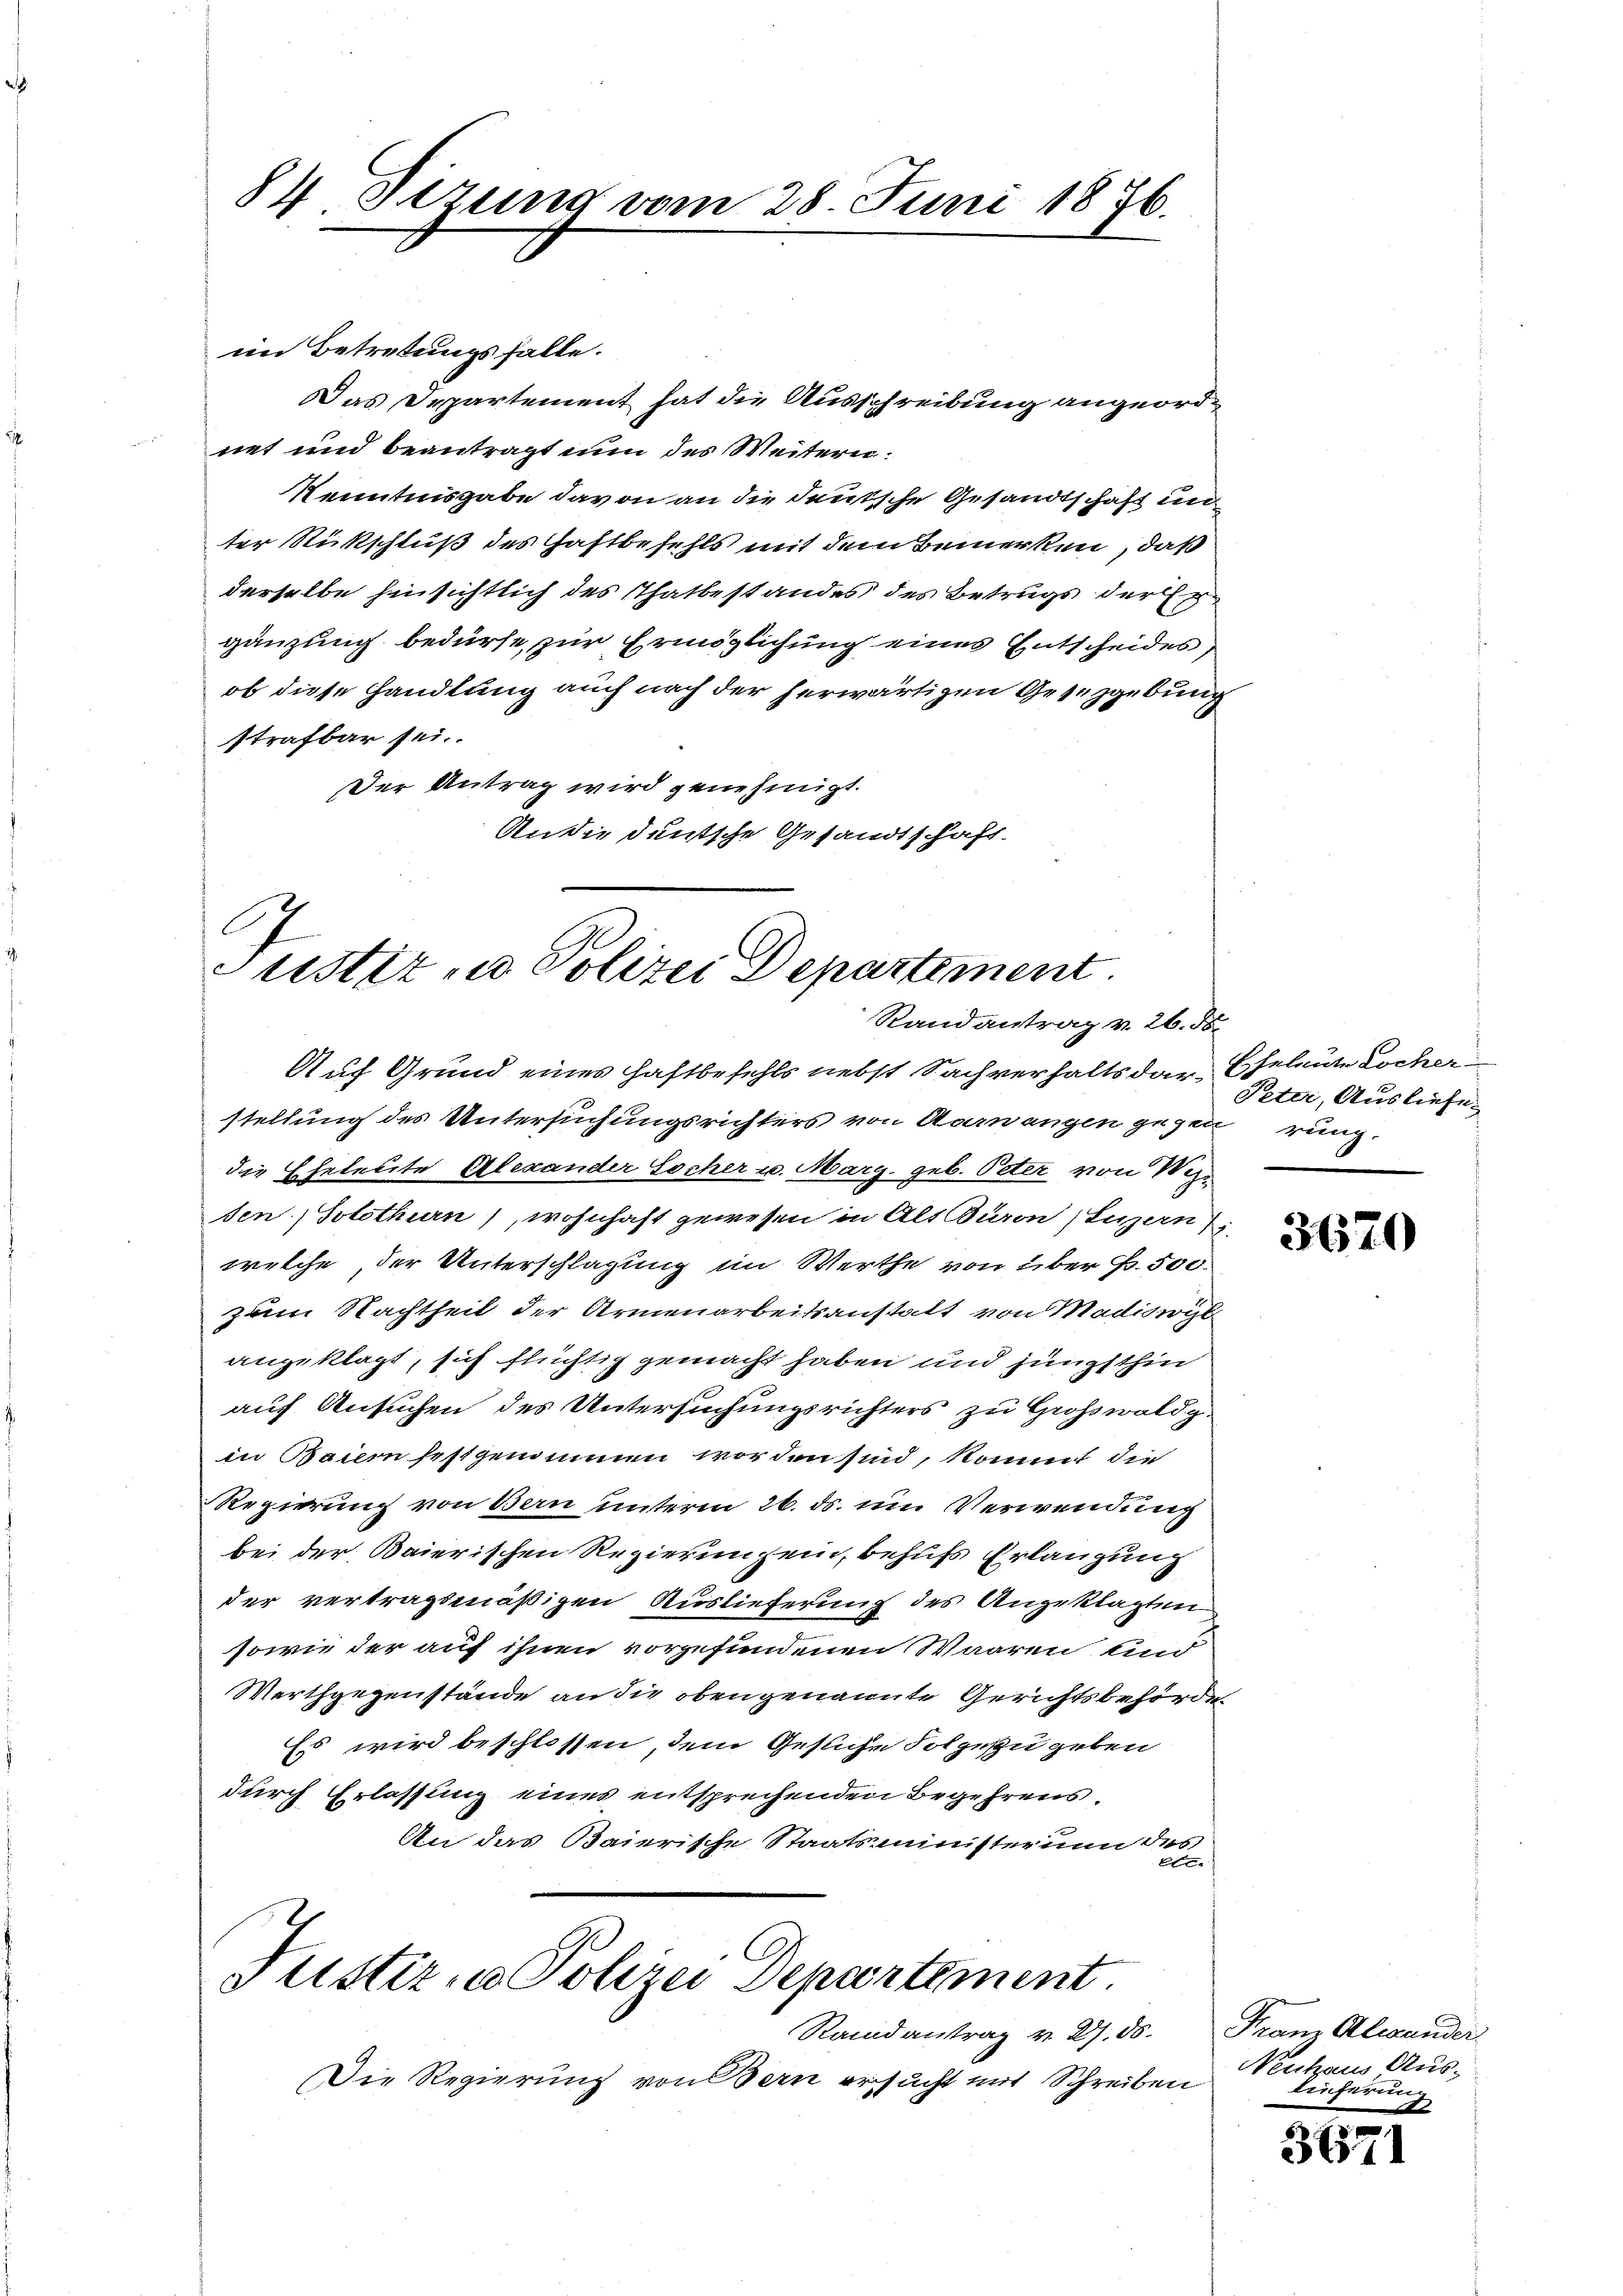
84. Sizung vom 28. Juni 1876.

im Betretungsfalle.
Das Departement hat die Ausschreibung angeordnet und beantragt nun des Weitern:
Kenntnisgabe davon an die deutsche Gesandtschaft un
ter Rückschluß des Haftbefehls mit dem Bemerken, daß
derselbe hinsichtlich des Thatbestandes des Betrugs der Ergänzung bedürfe, zur Ermöglichung eines Entscheides
ob diese Handlung auch nach der herwärtigen Gesetzgebung
strafbar sei.
Der Antrag wird genehmigt.
An die deutsche Gesandtschaft.

A
Justiz zu Polizei Departement
Randantrag v. 26. d.

Auf Grund eines Haftbefehls nebst Sachverhalts dar. Eheleute Lochen
stellung des Untersuchungsrichters von Aarwangen gegen rung.
die Eheleute Alexander Socher u. Marg. geb. Peter von Wer
sen, Solothurn), wohnhaft gewesen in Alt Buron, Luzern
welche, der Unterschlagung im Werthe von über p. 500.
zum Nachtheil der Armenarbeitsanstatt von Madiswyl
angeklagt, sich flüchtig gemacht haben und jüngsthin
auf Ansuchen des Untersuchungsrichters zu Großwaldg.
in Baier festgenommen worden sind, kommt die
Regierung von Bern unterm 26. ds. im Verwendung
bei der Baierischen Regierungen, behufs Erlangung
der vertragsmäßigen Auslieferung des Angeklagten
sowie der auf ihnen vorgefundenen Waaren und
Werthgegenstände an die oben genannte Gerichtsbehörde
Es wird beschlossen, dem Gesuche Folgezu geben
durch Erlassung eines entsprechenden Begehrens.
An das Baierische Staatsministerum des
x

Justiz- u. Polizei Departement
Randantrag v. 27. 86.

Die Regierung von Bern ersucht mit Schreiben

Peter, Ausliefe.

3670

Fram Alexander
Neuhaus Aus-
lieferung

d
365